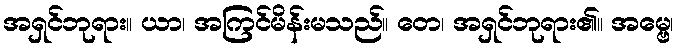
အရှင်ဘုရား။ ယာ၊ အကြင်မိန်းမသည်။ တေ၊ အရှင်ဘုရား၏။ အမ္ဗေ၊